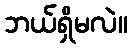
ဘယ်ရှိမလဲ။